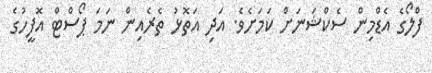
ފްލޯގެ އެޑްމިން ސެކްޝަނަށް ކަމަށެވެ. އަދި އަތޮޅު ތެރެއިން ނަމަ ޕޯސްޓް އޮފީހުގެ